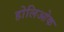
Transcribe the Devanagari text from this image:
होलिओक